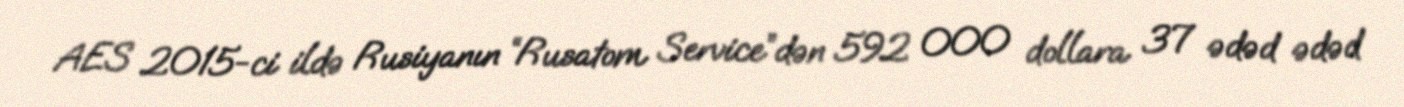
AES 2015-ci ildə Rusiyanın “Rusatom Service”dən 592 000 dollara 37 ədəd ədəd